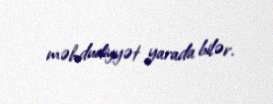
məhdudiyyət yarada bilər.